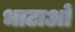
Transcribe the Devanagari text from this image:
भाटाओं